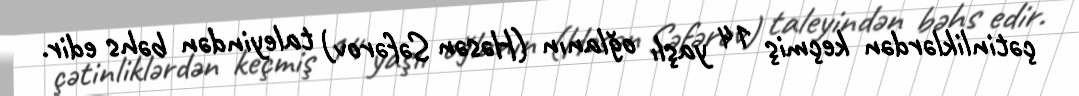
çətinliklərdən keçmiş 14 yaşlı oğlanın (Həsən Səfərov) taleyindən bəhs edir.